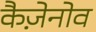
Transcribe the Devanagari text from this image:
कैज़ेनोव